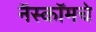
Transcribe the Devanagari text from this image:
नॅस्कॉमचे